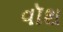
વૉશ